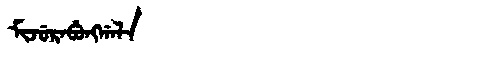
Manchu: ᠮᡳᠵᡠᡵᠠᠪᡠᠩᡤᠠᠯᠠ
Romanization: MIJURABUNGGALA